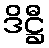
ဒိဋ္ဌီ